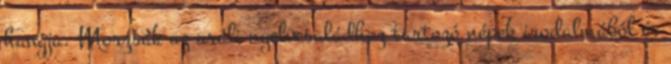
hangja. Morzsák az uráli nyelvcsaládhoz tartozó népek irodalmából és